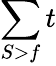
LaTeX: \sum\limits_{S>f}t